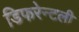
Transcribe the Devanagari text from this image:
डिफरेन्टली